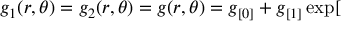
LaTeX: g _ { 1 } ( r , \theta ) = g _ { 2 } ( r , \theta ) = g ( r , \theta ) = g _ { [ 0 ] } + g _ { [ 1 ] } \exp [